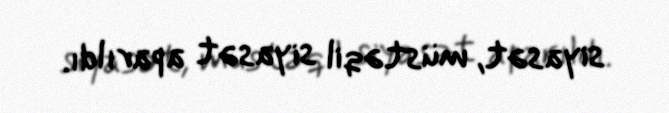
siyasət, müstəqil siyasət aparıldı.